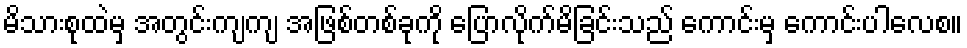
မိသားစုထဲမှ အတွင်းကျကျ အဖြစ်တစ်ခုကို ပြောလိုက်မိခြင်းသည် ကောင်းမှ ကောင်းပါလေစ။